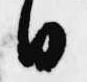
日